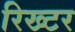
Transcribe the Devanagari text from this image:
रिख्टर